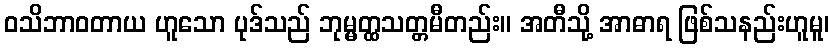
ဝသိဘာဝတာယ ဟူသော ပုဒ်သည် ဘုမ္မတ္ထသတ္တမီတည်း။ အတီသို့ အာဓာရ ဖြစ်သနည်းဟူမူ၊